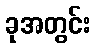
ခုအတွင်း